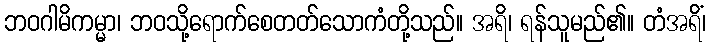
ဘဝဂါမိကမ္မာ၊ ဘဝသို့ရောက်စေတတ်သောကံတို့သည်။ အရိ၊ ရန်သူမည်၏။ တံအရိံ၊